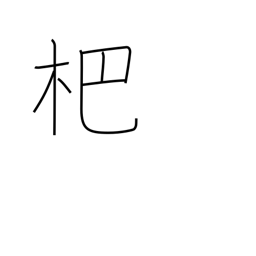
Meaning: kind of rake